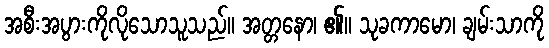
အစီးအပွားကိုလိုသောသူသည်။ အတ္တနော၊ ၏။ သုခကာမော၊ ချမ်းသာကို